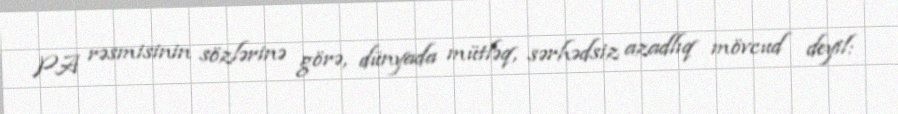
PA rəsmisinin sözlərinə görə, dünyada mütləq, sərhədsiz azadlıq mövcud deyil: